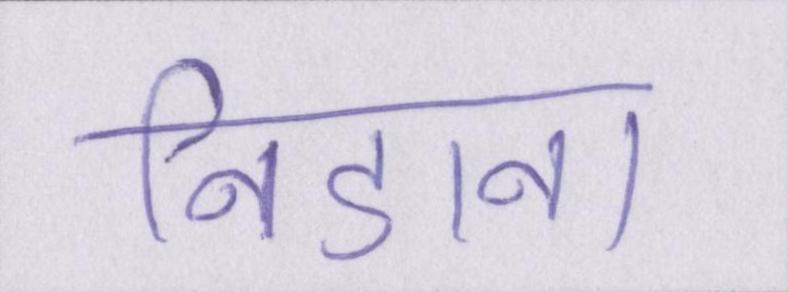
निडाना